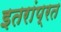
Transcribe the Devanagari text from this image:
इतरांप्रत